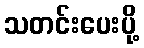
သတင်းပေးပို့